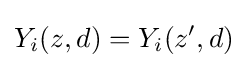
Y_{i}(z,d)=Y_{i}(z',d)